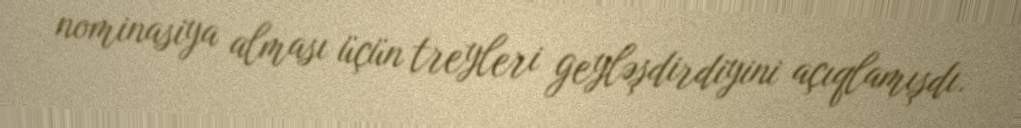
nominasiya alması üçün treyleri geyləşdirdiyini açıqlamışdı.